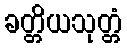
ခတ္တိယသုတ္တံ